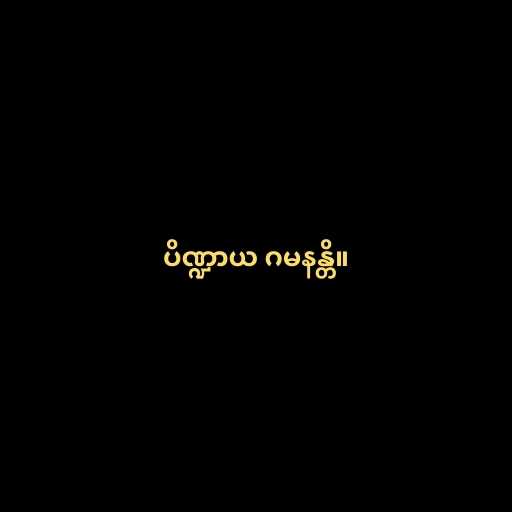
ပိဏ္ဍာယ ဂမနန္တိ။